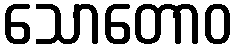
သောတောဝ